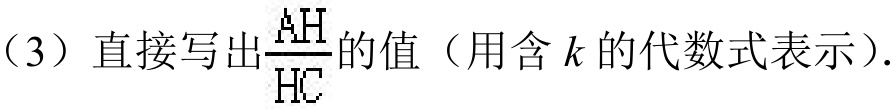
（3）直接写出\(\frac{AH}{HC}\)的值（用含\(k\)的代数式表示）.